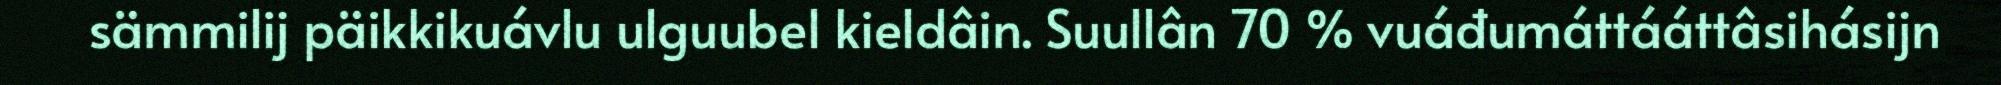
sämmilij päikkikuávlu ulguubel kieldâin. Suullân 70 % vuáđumáttááttâsihásijn